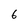
Character: 6